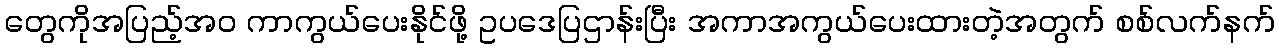
တွေကိုအပြည့်အဝ ကာကွယ်ပေးနိုင်ဖို့ ဥပဒေပြဌာန်းပြီး အကာအကွယ်ပေးထားတဲ့အတွက် စစ်လက်နက်